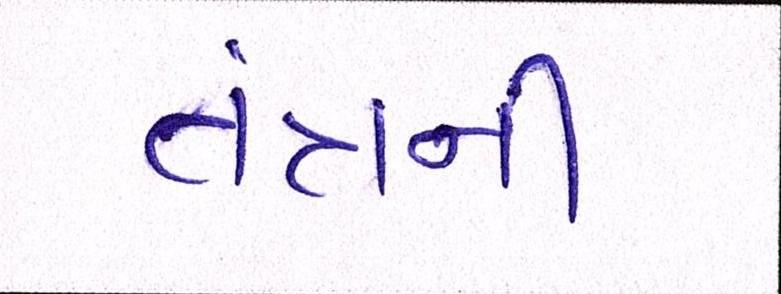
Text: તંત્રની